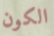
الكون